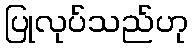
ပြုလုပ်သည်ဟု